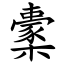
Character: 㯻